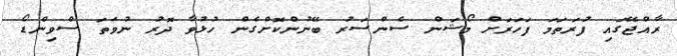
ރާއްޖޭގައި ފުރަތަމަ ފަހަރަށް މޯޝަން ސެންސަރު ބޭނުންކޮށްގެން ހުޅުވާ ދޮރު ނުވަތަ ސްވިންޑޯ